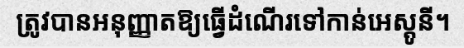
ត្រូវបានអនុញ្ញាតឱ្យធ្វើដំណើរទៅកាន់អេស្តូនី។